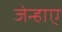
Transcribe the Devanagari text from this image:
जेन्हाए